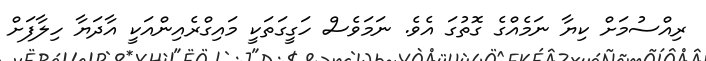
ރިއްސުމަށް ކިޔާ ނަމެއްގެ ގޮތުގަ އެވެ. ނަމަވެސް ހަގީގަތަކީ މައިގްރެއިންއަކީ އާދަޔާ ހިލާފަށް